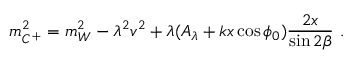
m _ { C ^ { + } } ^ { 2 } = m _ { W } ^ { 2 } - \lambda ^ { 2 } v ^ { 2 } + \lambda ( A _ { \lambda } + k x \cos \phi _ { 0 } ) { \frac { 2 x } { \sin 2 \beta } } \ .